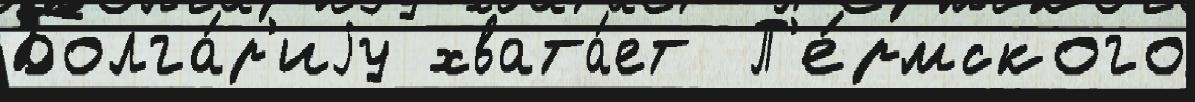
Болга́р'иjу хвата́ет  П'е́рмского